King Institute of Preventive Medicine Micro-Biological Section reports 1912-19
Year: 1912
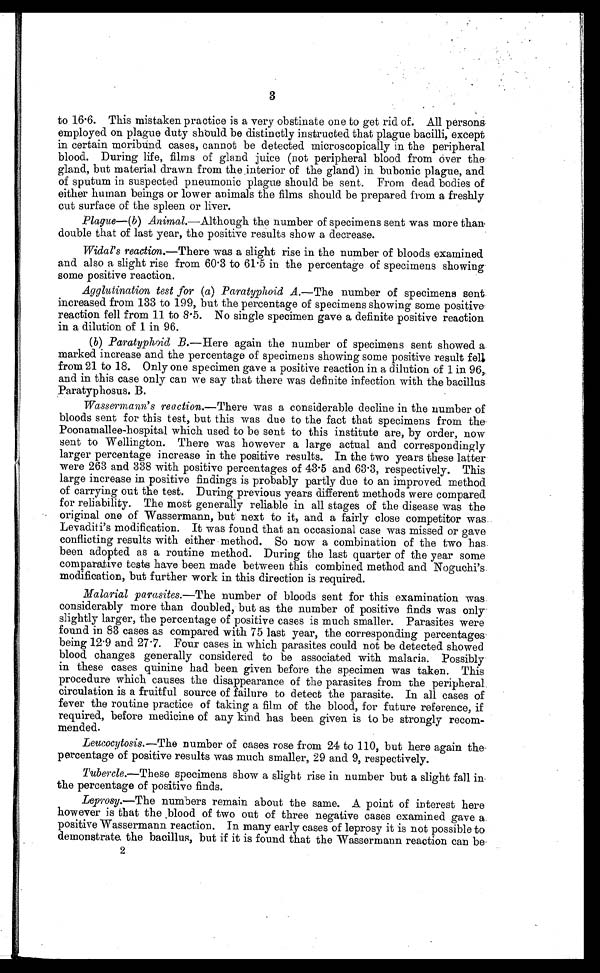
3
to 16.6. This mistaken practice is a very obstinate one to get rid of. All persons
employed on plague duty should be distinctly instructed that plague bacilli, except
in certain moribund cases, cannot be detected microscopically in the peripheral
blood. During life, films of gland juice (not peripheral blood from over the
gland, but material drawn from the interior of the gland) in bubonic plague, and
of sputum in suspected pneumonic plague should be sent. From dead bodies of
either human beings or lower animals the films should be prepared from a freshly
cut surface of the spleen or liver.
Plague— ( b ) Animal .—Although the number of specimens sent was more than
double that of last year, the positive results show a decrease.
Widal's reaction.— There was a slight rise in the number of bloods examined
and also a slight rise from 60.3 to 61.5 in the percentage of specimens showing
some positive reaction.
Agglutination test for ( a ) Paratyphoid A .—The number of specimens sent
increased from 133 to 199, but the percentage of specimens showing some positive
reaction fell from 11 to 8.5. No single specimen gave a definite positive reaction
in a dilution of 1 in 96.
( b ) Paratyphoid B.—Here again the number of specimens sent showed a
marked increase and the percentage of specimens showing some positive result fell
from 21 to 18. Only one specimen gave a positive reaction in a dilution of 1 in 96,
and in this case only can we say that there was definite infection with the bacillus
Paratyphosus. B.
Wassermann's reaction.— There was a considerable decline in the number of
bloods sent for this test, but this was due to the fact that specimens from the
Poonamallee-hospital which used to be sent to this institute are, by order, now
sent to Wellington. There was however a large actual and correspondingly
larger percentage increase in the positive results. In the two years these latter
were 263 and 338 with positive percentages of 43.5 and 63.3, respectively. This
large increase in positive findings is probably partly due to an improved method
of carrying out the test. During previous years different methods were compared
for reliability. The most generally reliable in all stages of the disease was the
original one of Wassermann, but next to it, and a fairly close competitor was
Levaditi's modification. It was found that an occasional case was missed or gave
conflicting results with either method. So now a combination of the two has
been adopted as a routine method. During the last quarter of the year some
comparative tests have been made between this combined method and Noguchi's.
modification, but further work in this direction is required.
Malarial parasites.— The number of bloods sent for this examination was
considerably more than doubled, but as the number of positive finds was only
slightly larger, the percentage of positive cases is much smaller. Parasites were
found in 83 cases as compared with 75 last year, the corresponding percentages
being 12.9 and 27.7. Four cases in which parasites could not be detected showed
blood changes generally considered to be associated with malaria. Possibly
in these cases quinine had been given before the specimen was taken. This
procedure which causes the disappearance of the parasites from the peripheral
circulation is a fruitful source of failure to detect the parasite. In all cases of
fever the routine practice of taking a film of the blood, for future reference, if
required, before medicine of any kind has been given is to be strongly recom
-mended.
Leucocytosis.— The number of cases rose from 24 to 110, but here again the
percentage of positive results was much smaller, 29 and 9, respectively.
Tubercle.— These specimens show a slight rise in number but a slight fall in
the percentage of positive finds.
Leprosy.— The numbers remain about the same. A point of interest here
however is that the blood of two out of three negative cases examined gave a
positive Wassermann reaction. In many early cases of leprosy it is not possible to
demonstrate the bacillus, but if it is found that the Wassermann reaction can be
2